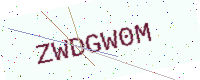
Text: ZWDGW0M